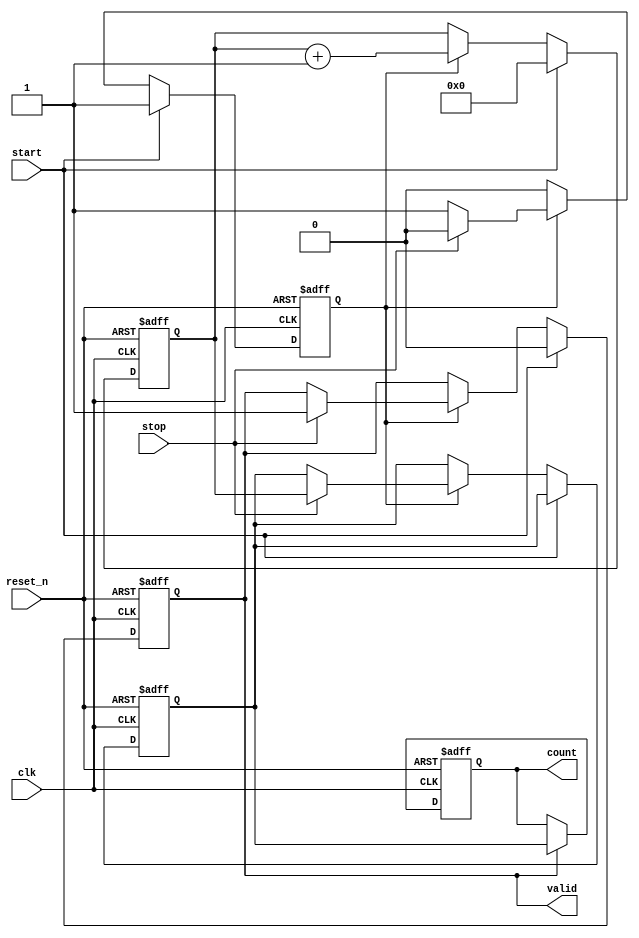
module tdc_vernier_delay_line (
    input wire clk,          // Clock signal
    input wire reset_n,      // Active low reset signal
    input wire start,        // Start signal
    input wire stop,         // Stop signal
    output reg [15:0] count, // Digital output representing time interval
    output reg valid         // Output flag indicating valid measurement
);

    // Parameters
    parameter NUM_DELAY_LINES = 8; // Number of delay lines
    parameter DELAY_INCREMENT = 1;   // Delay increment for each line (in clock cycles)

    // Internal Signals
    reg [NUM_DELAY_LINES-1:0] delay_lines; // Delay lines states
    reg [15:0] counter;                    // Counter for measuring intervals
    reg sampling;                          // Flag for sampling state
    reg [15:0] sampled_count;              // Stored count on sampling

    // Generate delay lines
    always @(posedge clk or negedge reset_n) begin
        if (!reset_n) begin
            delay_lines <= 0;
        end else begin
            // This is a simplistic model of delay lines
            // In a real implementation, each line would have a different delay
            delay_lines <= {delay_lines[NUM_DELAY_LINES-2:0], start};
        end
    end

    // Counter Logic
    always @(posedge clk or negedge reset_n) begin
        if (!reset_n) begin
            counter <= 0;
            valid <= 0;
            sampled_count <= 0;
            sampling <= 0;
        end else begin
            if (start) begin
                counter <= 0;       // Reset counter on START
                valid <= 0;        // Reset valid flag
                sampling <= 1;     // Enable sampling
            end else if (sampling) begin
                counter <= counter + 1; // Increment counter while sampling
                if (stop) begin
                    sampled_count <= counter; // Capture the counter value on STOP
                    valid <= 1;               // Set valid flag
                    sampling <= 0;            // Disable sampling
                end
            end
        end
    end

    // Output Logic
    always @(posedge clk or negedge reset_n) begin
        if (!reset_n) begin
            count <= 0;
        end else if (valid) begin
            count <= sampled_count; // Output captured count
        end
    end

endmodule